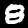
Digit: 8